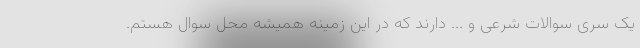
یک سری سوالات شرعی و ... دارند که در این زمینه همیشه محل سوال هستم.